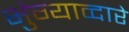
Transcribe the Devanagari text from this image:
भुंग्याव्दारे